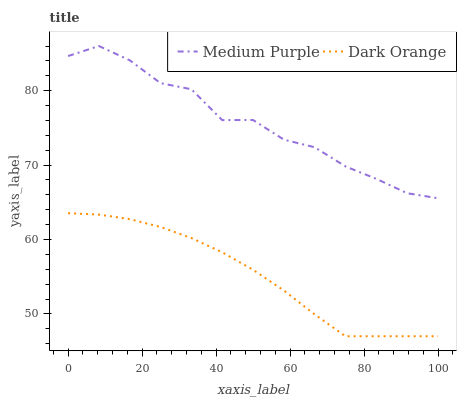
| xaxis_label | Medium Purple | Dark Orange |
 | --- | --- | --- |
 | 0 | 84.6 | 63.5 |
 | 8.33 | 86 | 63.4 |
 | 16.7 | 84.1 | 62.7 |
 | 25 | 81 | 61.7 |
 | 33.3 | 80.2 | 60.2 |
 | 41.7 | 76 | 58.3 |
 | 50 | 76.1 | 55.9 |
 | 58.3 | 73.4 | 53.1 |
 | 66.7 | 72.4 | 49.9 |
 | 75 | 69.8 | 47 |
 | 83.3 | 68.1 | 47 |
 | 91.7 | 66.2 | 47 |
 | 100 | 65.5 | 47 |